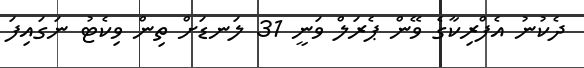
ދެކުނު އެފްރިކާގެ ވޭން ޕެރަލް ވަނީ 31 ލަނޑަށް ތިން ވިކެޓު ނަގައިފަ